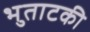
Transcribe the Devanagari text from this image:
भुताटकी